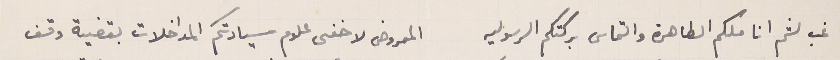
غب لثم اناملكم الطاهرة والتماس بركتكم الرسوليه المعروض لاخفى علوم سيادتكم المداخلات بقضية وقف